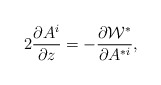
\begin{align*}2 \frac{ \partial A^i }{ \partial z}= -\frac{\partial {\cal W}^*}{\partial A^{*i}} ,\end{align*}